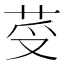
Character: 𦭼